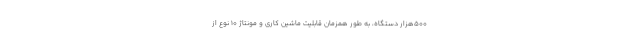
500هزار دستگاه، به طور همزمان قابلیت ماشین کاری و مونتاژ ۱۰ نوع از